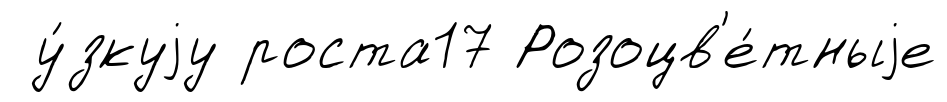
у́зкуjу роста17 Розоцв'е́тныjе